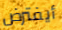
أيفترض